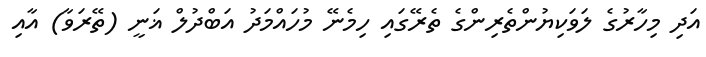
އަދި މިހާރުގެ ލަވަކިޔުންތެރިންގެ ތެރޭގައި ހިމެނޭ މުހައްމަދު އަބްދުލް ޣަނީ (ތޭރަވާ) އާއި